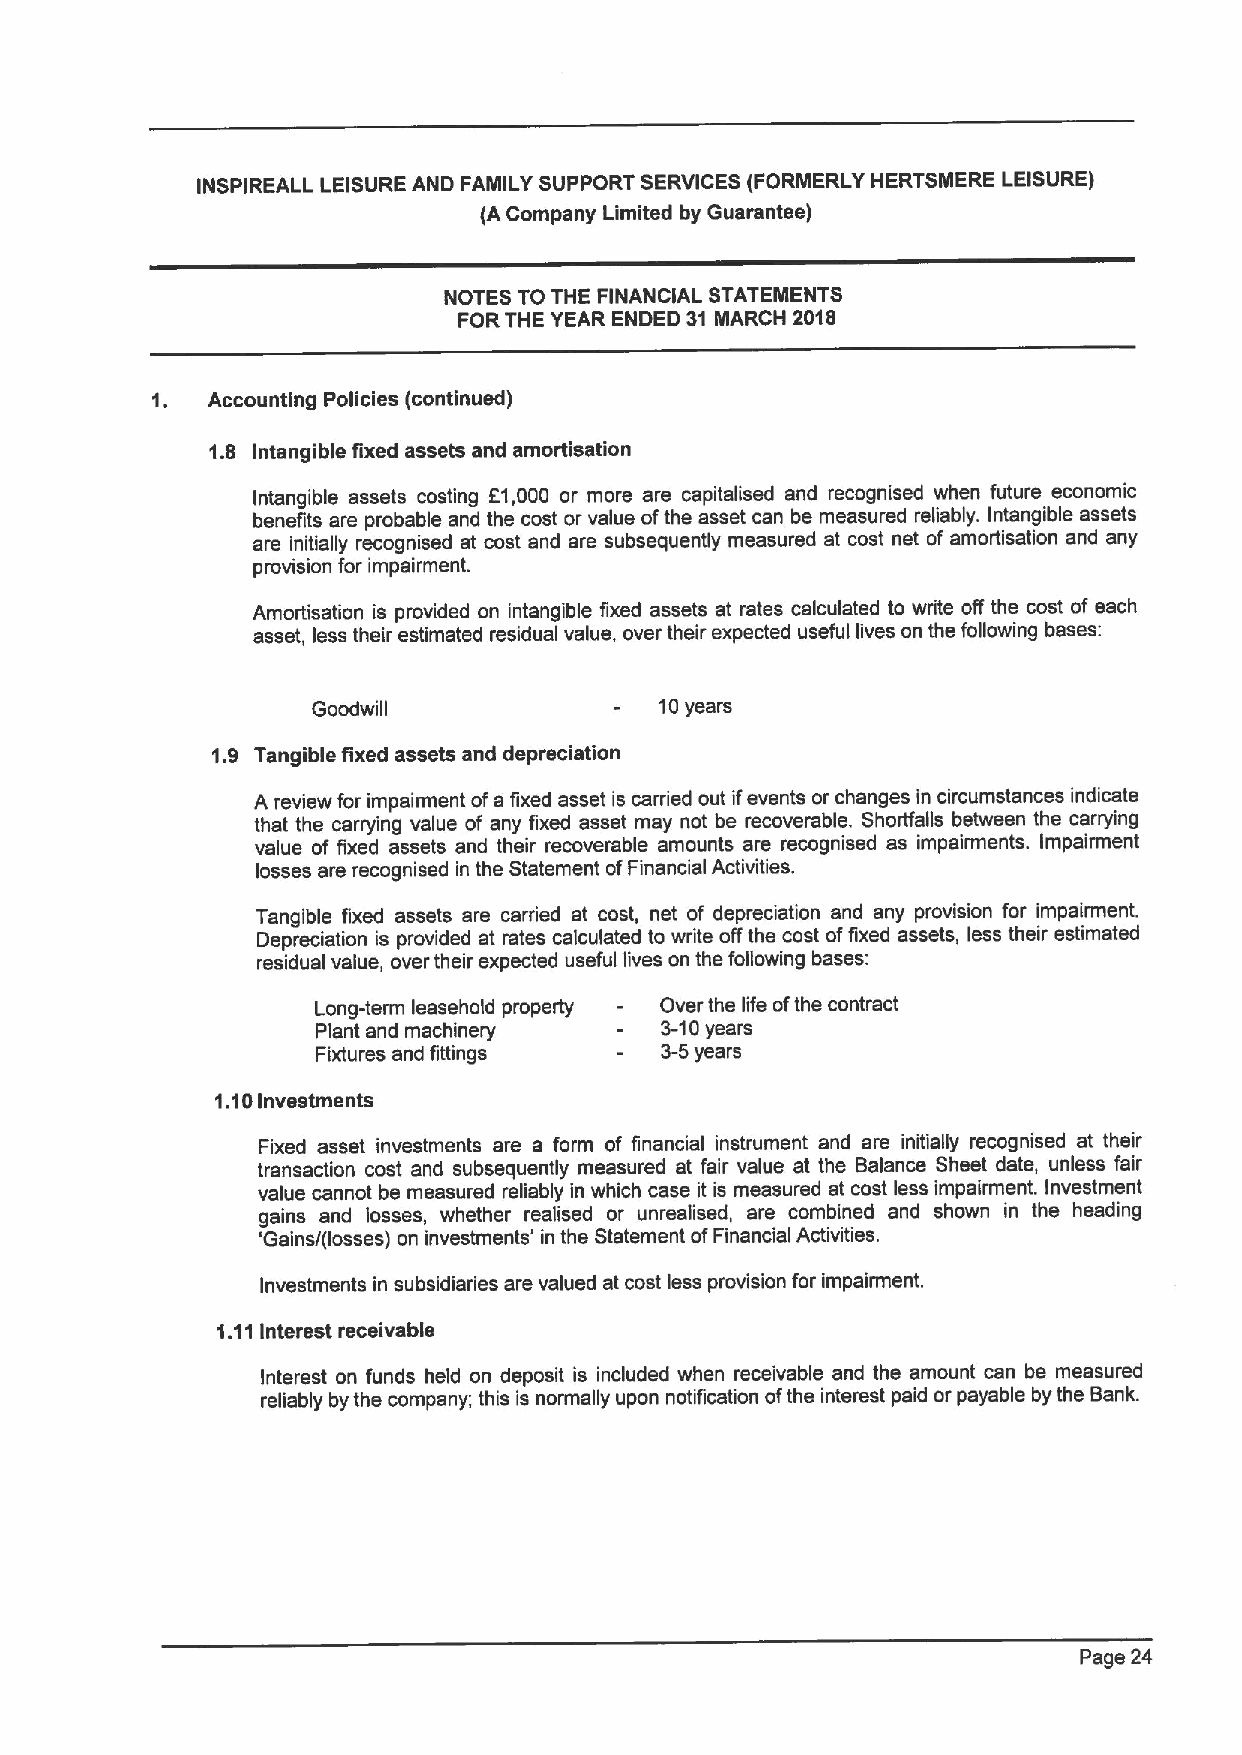
INSPIREALL LEISURE AND FAMILY SUPPORT SERVICES (FORMERLY HERTSMERE LEISURE)
 (A Company Limited by Guarantee)
 NOTES TO THE FINANCIAL STATEMENTS
 FORTHE YEAR ENDED 31 MARCH 2018
 Accounting Policies (continued)
 1.8 Intangible fixed assets and amortieation
 Intangible assets costing E1,000 or more are capitalised and recognised when future economic
 benefits are probable and the cost or value ofthe asset can be measured reliably. Intangible assets
 are initially recognised at cost and are subsequently measured at cost net of amortisation and any
 provision for impairment.
 Amortisation is provided on intangible fixed assets at rates calculated to write off the cost of each
 asset, less their estimated residual value, over their expected useful lives on the following bases:
 Goodwill               10years
 1.9 Tangible fixed assets and depreciation
 A review for impairment ofa fixed asset is carried out ifevents or changes in circumstances indicate
 that the carrying value of any fixed asset may not be recoverable. Shorffalls between the carrying
 value of fixed assets and their recoverable amounts are recognised as impairments. Impairment
 losses are recognised in the Statement ofFinancial Activities.
 Tangible fixed assets are carried at cost, net of depreciation and any provision for impairment.
 Depreciation is provided at rates calculated to write offthe cost offixed assets, less their estimated
 residual value, over their expected useful lives on the following bases:
 Long-term leasehold property - Over the life ofthe contract
 Plant and machinery    3-10years
 Fixtures and fittings  3-5years
 1.10Investments
 Fixed asset investments are a form of financial instrument and are initially recognised at their
 transaction cost and subsequently measured at fair value at the Balance Sheet date, unless fair
 value cannot be measured reliably in which case it is measured at cost less impairment. Investment
 gains and losses, whether realised or unrealised, are combined and shown in the heading
 'Gains/(losses) on investments' in the Statement ofFinancial Activities.
 Investments in subsidiaries are valued at cost less provision for impairment.
 1.11Interest receivable
 Interest on funds held on deposit is included when receivable and the amount can be measured
 reliably by the company, this is normally upon notification ofthe interest paid or payable by the Bank.
 Page 24